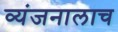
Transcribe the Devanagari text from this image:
व्यंजनालाच